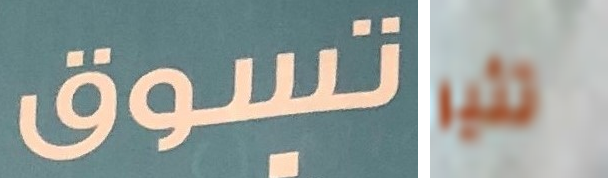
تسوق تثير